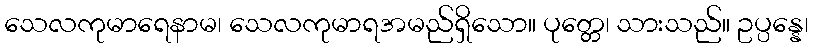
သေလကုမာရေနာမ၊ သေလကုမာရအမည်ရှိသော။ ပုတ္တေ၊ သားသည်။ ဥပ္ပန္နေ၊